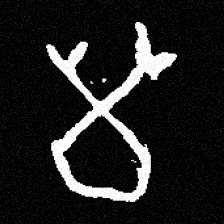
Pyu character \u2014 Myanmar letter: မ (romanized: ma)